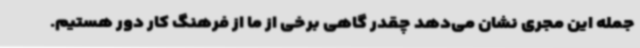
جمله این مجری نشان می‌دهد چقدر گاهی برخی از ما از فرهنگ کار دور هستیم.